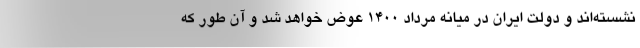
نشسته‌اند و دولت ایران در میانه مرداد 1400 عوض خواهد شد و آن طور که